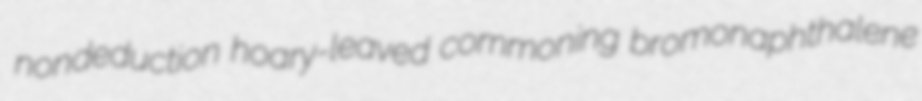
nondeduction hoary-leaved commoning bromonaphthalene